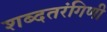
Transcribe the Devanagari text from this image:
शब्दतरंगिणी